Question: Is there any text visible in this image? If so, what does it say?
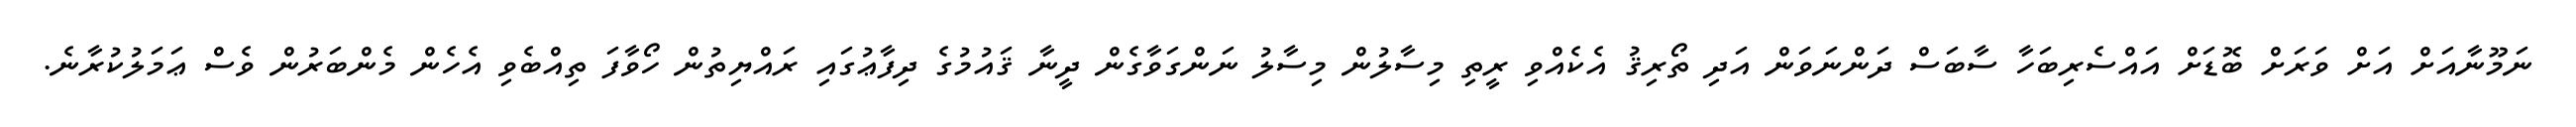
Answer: ނަމޫނާއަށް އަށް ވަރަށް ބޮޑަށް އައްސެރިބަހާ ސާބަސް ދަންނަވަން އަދި ތޯރިޤު އެކެއްވި ރީތި މިސާލުން މިސާލު ނަންގަވާގެން ދީނާ ޤައުމުގެ ދިފާޢުގައި ރައްޔިތުން ހޯވާފަ ތިއްބެވި އެހެން މެންބަރުން ވެސް ޢަމަލުކުރާނެ.